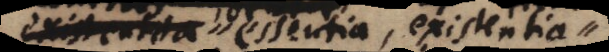
dictetur. essentia, existentia,